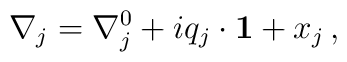
\nabla_{j}=\nabla_{j}^{0} + iq_{j}\cdot {\bf 1} + x_{j} \, ,